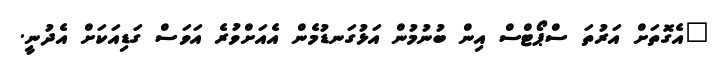
"އެގޮތަށް އަރުތަ ސްޕޯޓްސް އިން ބުނުމުން އަޅުގަނޑުމެން އެއަށްވުރެ އަވަސް ގަޑިއަކަށް އެދުނީ.